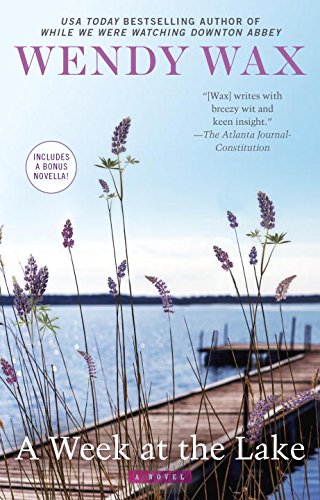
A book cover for A Week at the Lake; Wendy Wax; Romance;